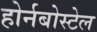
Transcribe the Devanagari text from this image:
होर्नबोस्टेल